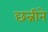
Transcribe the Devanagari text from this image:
छन्नीने